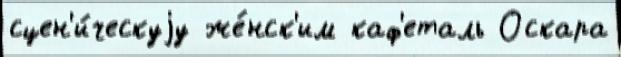
сцен'и́ческуjу же́нск'им каф'еталь Оскара